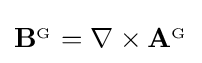
\mathbf {B} ^{_{\mathrm {G} }}=\nabla \times \mathbf {A} ^{_{\mathrm {G} }}